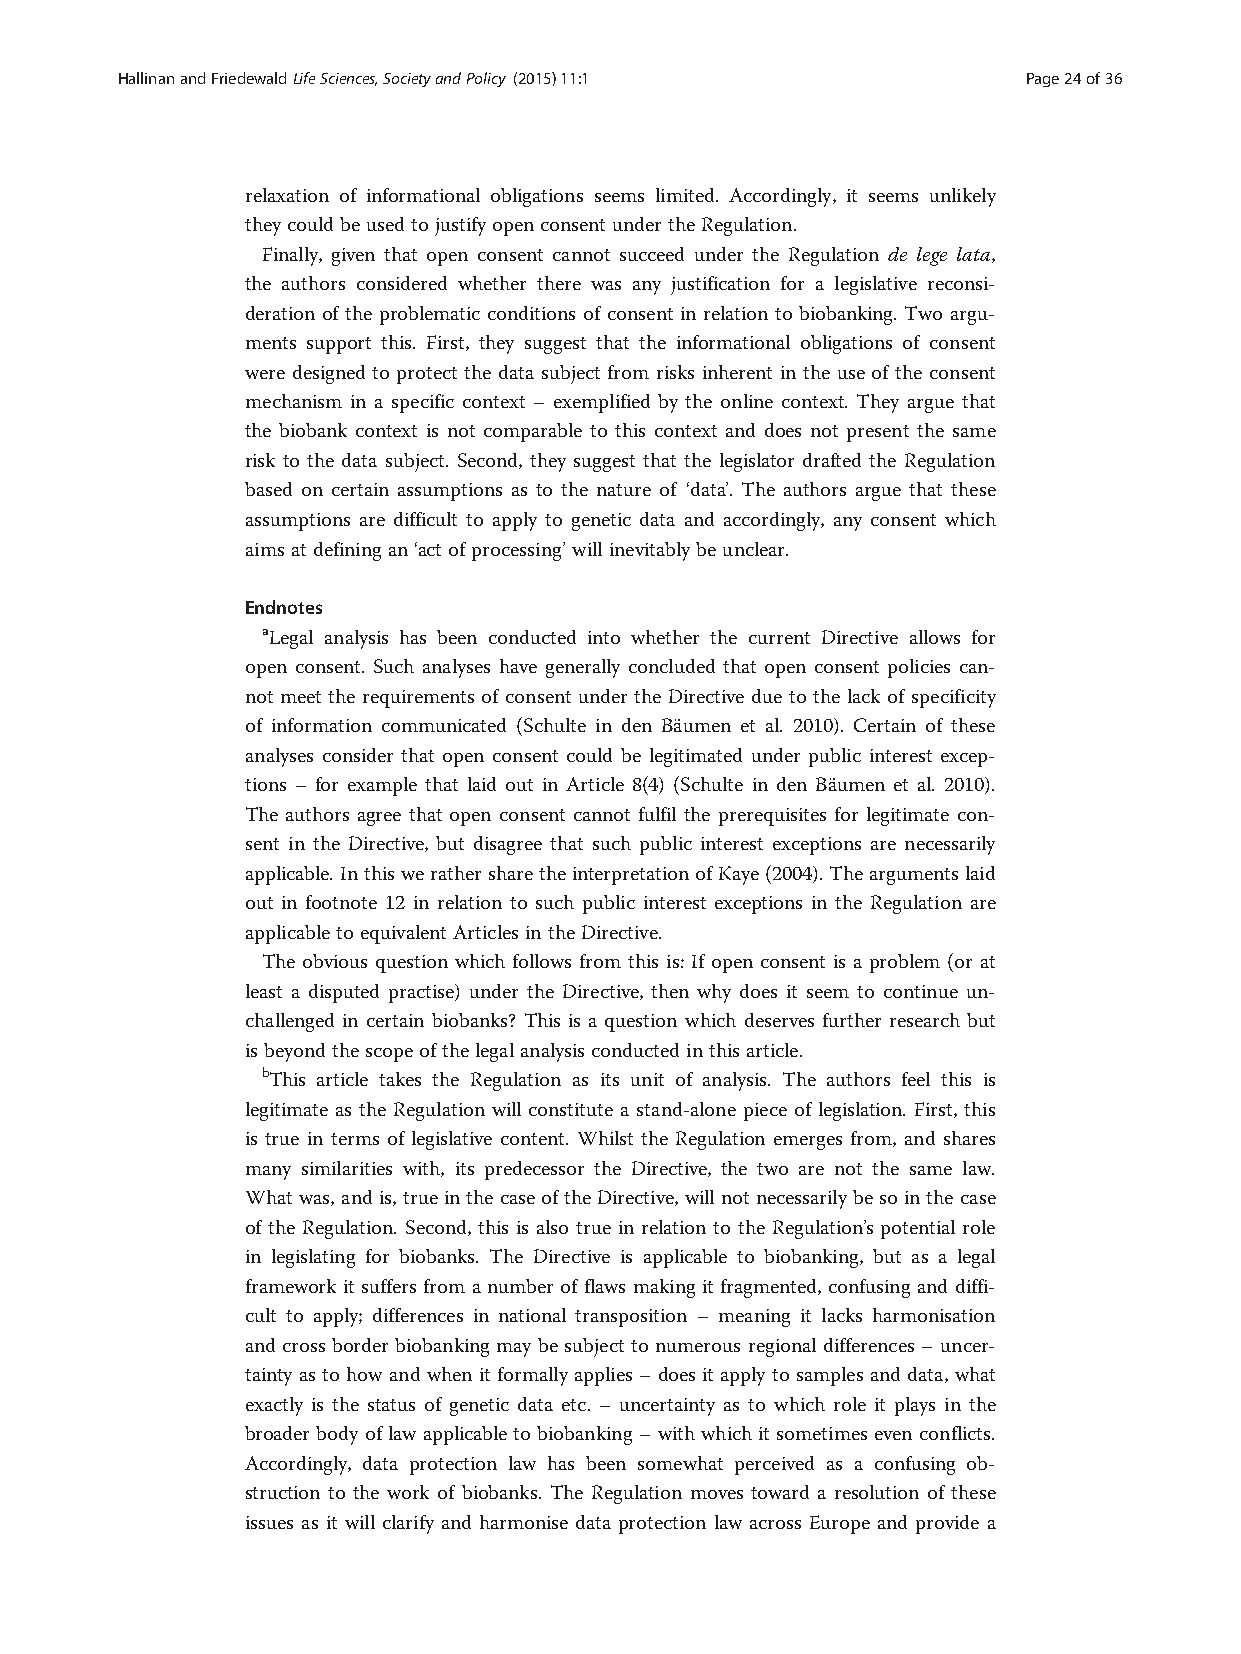
HallinanandFriedewaldLifeSciences,SocietyandPolicy (2015) 11:1 Page24of36
 relaxation of informational obligations seems limited. Accordingly, it seems unlikely
 they couldbeusedtojustifyopenconsent underthe Regulation.
 Finally, given that open consent cannot succeed under the Regulation de lege lata,
 the authors considered whether there was any justification for a legislative reconsi-
 deration of the problematic conditions of consent in relation to biobanking. Two argu-
 ments support this. First, they suggest that the informational obligations of consent
 were designed to protect the data subject from risks inherent in the use of the consent
 mechanism in a specific context – exemplified by the online context. They argue that
 the biobank context is not comparable to this context and does not present the same
 risk to the data subject. Second, they suggest that the legislator drafted the Regulation
 based on certain assumptions as to the nature of ‘data’. The authors argue that these
 assumptions are difficult to apply to genetic data and accordingly, any consent which
 aims atdefining an‘actofprocessing’willinevitablybeunclear.
 Endnotes
 aLegal analysis has been conducted into whether the current Directive allows for
 open consent. Such analyses have generally concluded that open consent policies can-
 not meet the requirements of consent under the Directive due to the lack of specificity
 of information communicated (Schulte in den Bäumen et al. 2010). Certain of these
 analyses consider that open consent could be legitimated under public interest excep-
 tions – for example that laid out in Article 8(4) (Schulte in den Bäumen et al. 2010).
 The authors agree that open consent cannot fulfil the prerequisites for legitimate con-
 sent in the Directive, but disagree that such public interest exceptions are necessarily
 applicable.InthiswerathersharetheinterpretationofKaye(2004).Theargumentslaid
 out in footnote 12 in relation to such public interest exceptions in the Regulation are
 applicabletoequivalent ArticlesintheDirective.
 The obvious question which follows from this is: If open consent is a problem (or at
 least a disputed practise) under the Directive, then why does it seem to continue un-
 challenged in certain biobanks? This is a question which deserves further research but
 isbeyond thescope ofthelegalanalysisconductedinthisarticle.
 bThis article takes the Regulation as its unit of analysis. The authors feel this is
 legitimate as the Regulation will constitute a stand-alone piece of legislation. First, this
 is true in terms of legislative content. Whilst the Regulation emerges from, and shares
 many similarities with, its predecessor the Directive, the two are not the same law.
 What was,andis,trueinthe caseoftheDirective, willnotnecessarilybesointhe case
 of the Regulation. Second, this is also true in relation to the Regulation’s potential role
 in legislating for biobanks. The Directive is applicable to biobanking, but as a legal
 framework it suffers from a number of flaws making it fragmented, confusing and diffi-
 cult to apply; differences in national transposition – meaning it lacks harmonisation
 and cross border biobanking may be subject to numerous regional differences – uncer-
 tainty as to how and when it formally applies – does it apply to samples and data, what
 exactly is the status of genetic data etc. – uncertainty as to which role it plays in the
 broader body of law applicable to biobanking – with which it sometimes even conflicts.
 Accordingly, data protection law has been somewhat perceived as a confusing ob-
 struction to the work of biobanks. The Regulation moves toward a resolution of these
 issues as it will clarify and harmonise data protection law across Europe and provide a